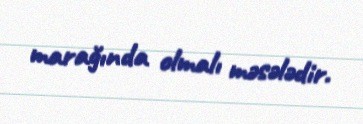
marağında olmalı məsələdir.